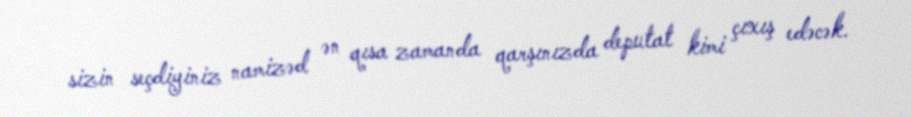
sizin seçdiyiniz namizəd ən qısa zamanda qarşınızda deputat kimi çıxış edəcək.